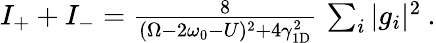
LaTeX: \begin{array}{r}{I_{+}+I_{-}=\frac{8}{(\Omega-2\omega_{0}-U)^{2}+4\gamma_{\mathrm{1D}}^{2}}\, \sum_{i}|g_{i}|^{2}\: .}\end{array}